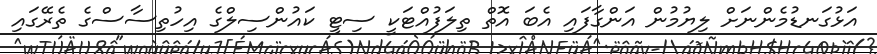
އަޅުގަނޑުމެންނަށް ލިޔުމުން އަންގާފައި އެބަ އޮތް ތިލަފުއްޓަކީ ސިޓީ ކައުންސިލްގެ އިހުތިސާސްގެ ތެރޭގައި